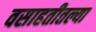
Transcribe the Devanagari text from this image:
वसाहतीतल्या